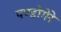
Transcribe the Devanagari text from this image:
पण्डोगेरे